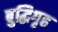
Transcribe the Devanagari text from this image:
बुद्धिगृह